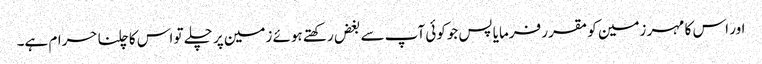
اور اس کا مہر زمین کو مقرر فرمایا پس جوکوئی آپ سے بغض رکھتے ہوئے زمین پر چلے تو اس کا چلنا حرام ہے۔